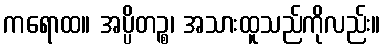
ကရောထ။ အပ္ပိတဉ္စ၊ အသားထူသည်ကိုလည်း။